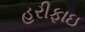
હરીફાઇ